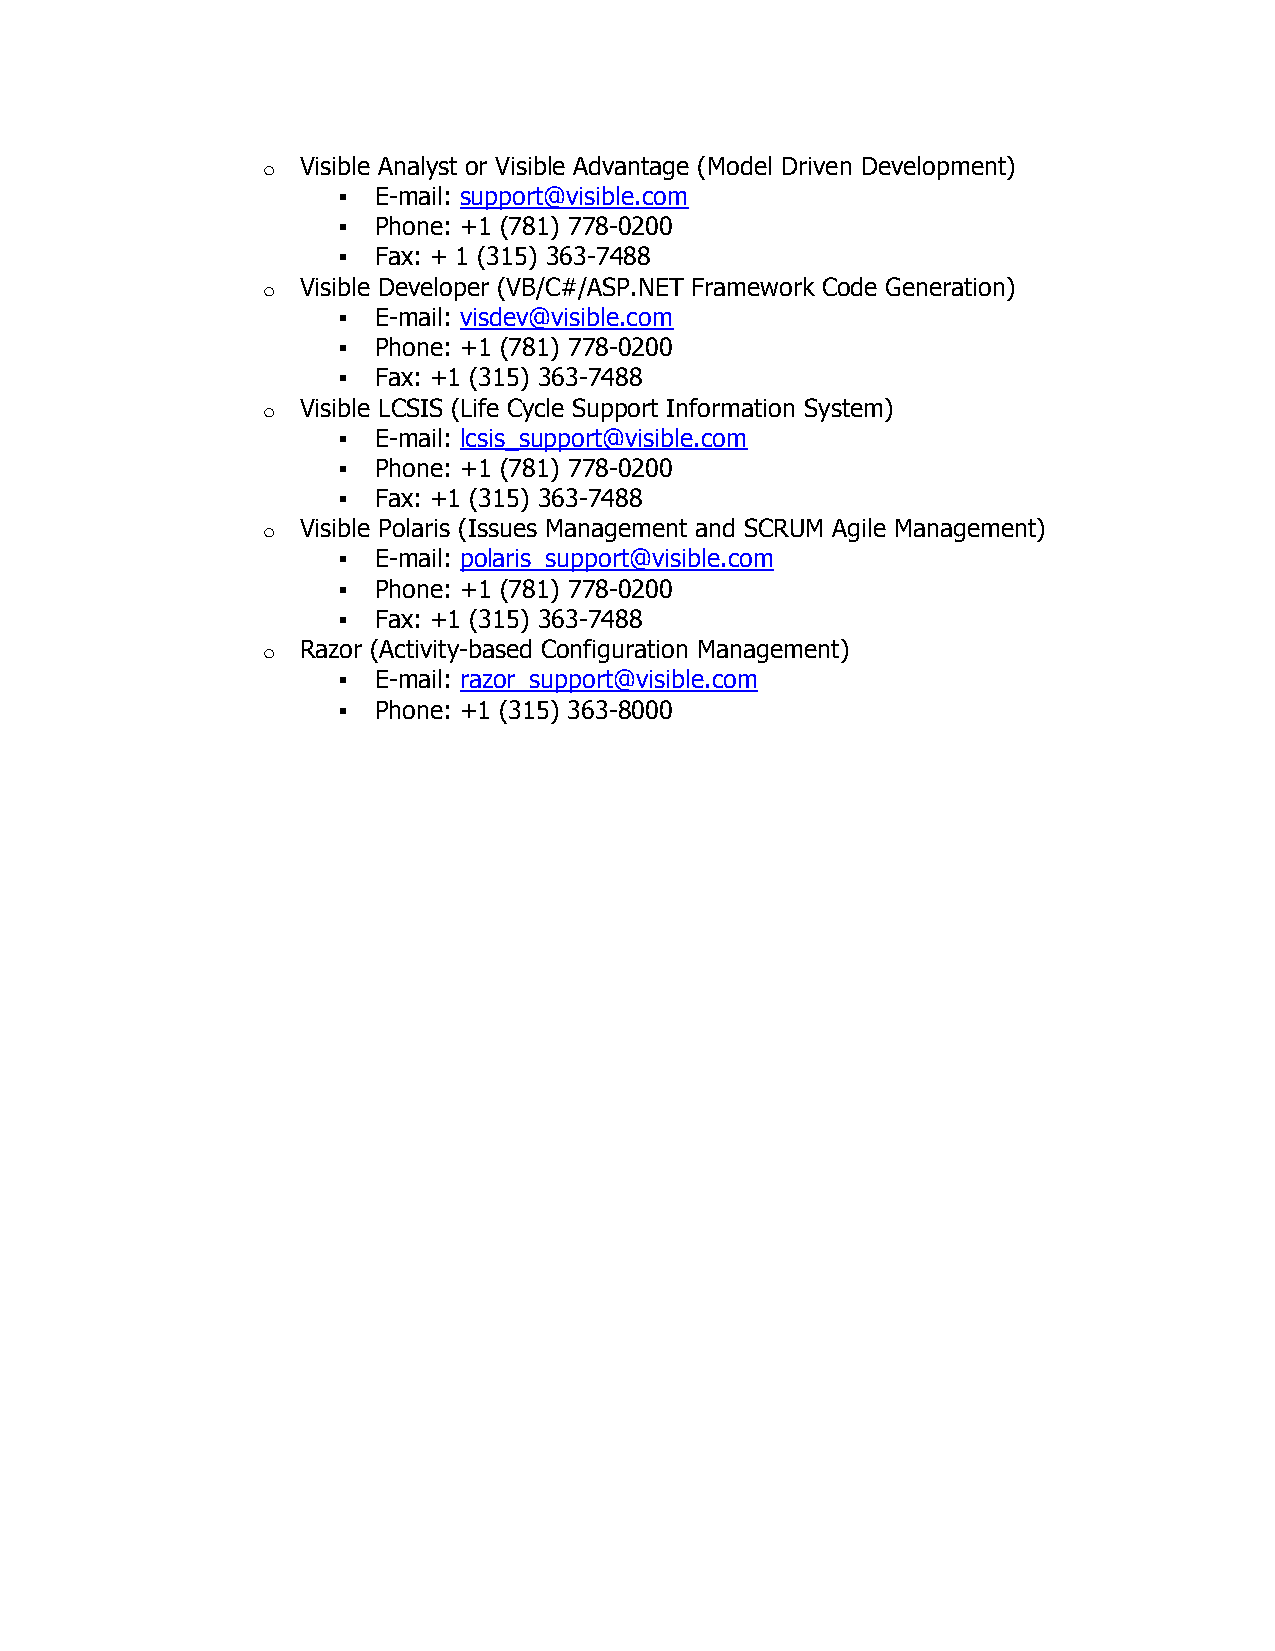
o  Visible Analyst or Visible Advantage (Model Driven Development)
   E-mail: support@visible.com
   Phone: +1 (781) 778-0200
   Fax: + 1 (315) 363-7488
 o  Visible Developer (VB/C#/ASP.NET Framework Code Generation)
   E-mail: visdev@visible.com
   Phone: +1 (781) 778-0200
   Fax: +1 (315) 363-7488
 o  Visible LCSIS (Life Cycle Support Information System)
   E-mail: lcsis_support@visible.com
   Phone: +1 (781) 778-0200
   Fax: +1 (315) 363-7488
 o  Visible Polaris (Issues Management and SCRUM Agile Management)
   E-mail: polaris_support@visible.com
   Phone: +1 (781) 778-0200
   Fax: +1 (315) 363-7488
 o  Razor (Activity-based Configuration Management)
   E-mail: razor_support@visible.com
   Phone: +1 (315) 363-8000